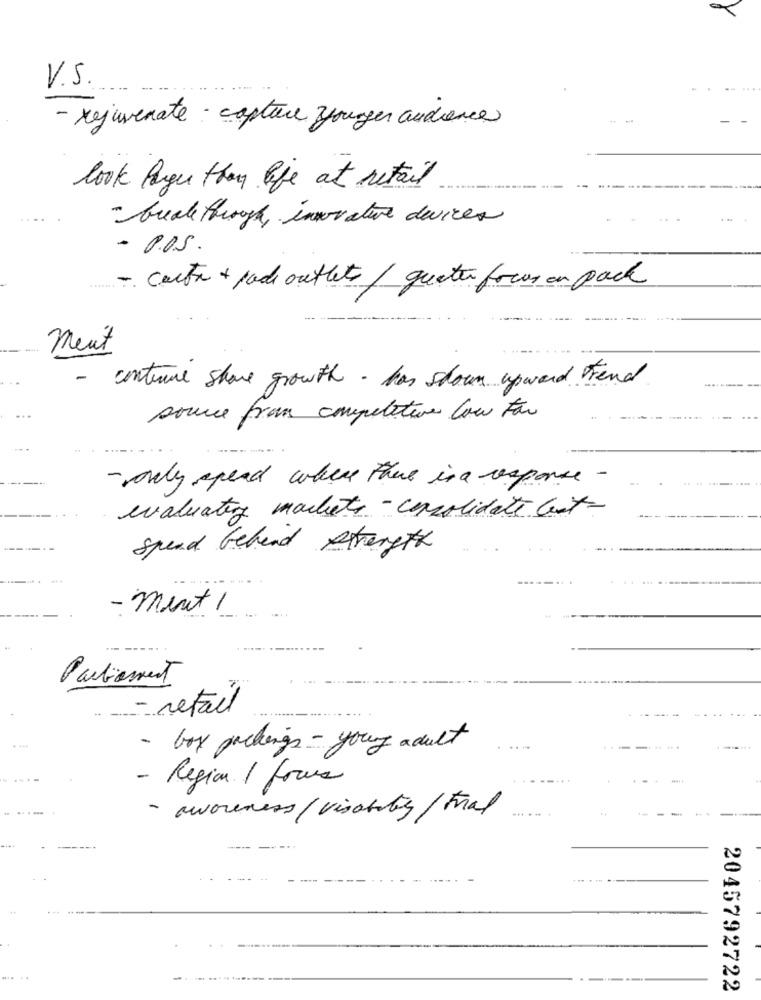
V.S.
- rejuvenate : capture younger audience
look larger than life at retail
- break through, invrature devices
- P.O.S.
......
- carte + pode outlets/ queten focus on pack
ment
- continue share growth - has shown upward Frend
source fram competitive low for
- only spend where there is a response -
evaluating markets - consolidate cest-
spend behand strength
- ment !
Parliament
- retail
- box packings - young adult
- Region 1 focus
- awareness / visabits/Fral
----------
2045792722